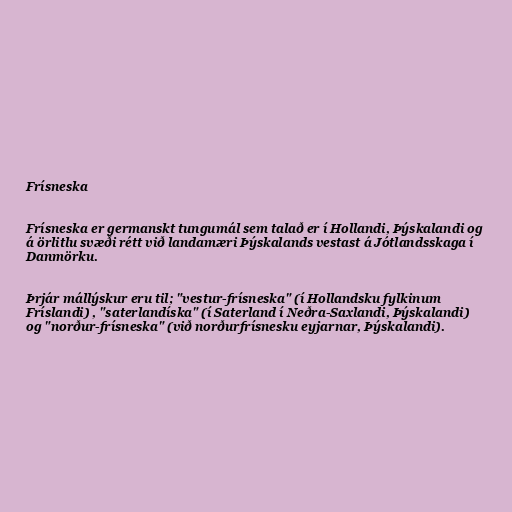
Frísneska

Frísneska er germanskt tungumál sem talað er í Hollandi, Þýskalandi og
á örlitlu svæði rétt við landamæri Þýskalands vestast á Jótlandsskaga í
Danmörku.

Þrjár mállýskur eru til; "vestur-frísneska" (í Hollandsku fylkinum
Fríslandi) , "saterlandíska" (í Saterland í Neðra-Saxlandi, Þýskalandi)
og "norður-frísneska" (við norðurfrísnesku eyjarnar, Þýskalandi).